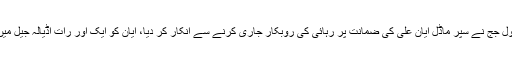
گذشتہ روز سول جج نے سپر ماڈل ایان علی کی ضمانت پر رہائی کی روبکار جاری کرنے سے انکار کر دیا، ایان کو ایک اور رات اڈیالہ جیل میں گزارنا پڑی۔